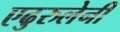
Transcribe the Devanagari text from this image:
एढुरुलेनी